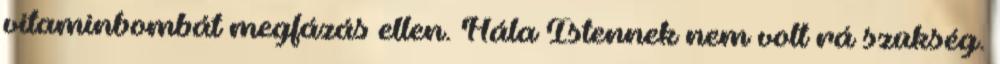
vitaminbombát megfázás ellen. Hála Istennek nem volt rá szükség.